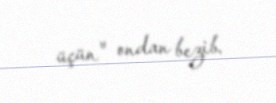
üçün" ondan bezib.